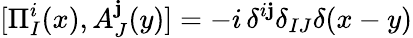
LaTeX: [\Pi_{I}^{i}(x),A_{J}^{\mathbf{j}}(y)]=-i\, \delta^{i\mathbf{j}}\delta_{IJ}\delta(x-y)